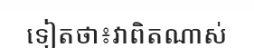
ទៀតថា៖វាពិតណាស់